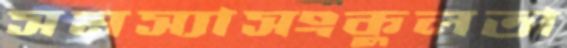
সমস্যাসংকুলতা